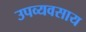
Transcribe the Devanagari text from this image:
उपव्यवसाय